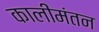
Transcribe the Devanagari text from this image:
कालीमंतन